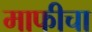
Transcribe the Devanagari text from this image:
माफीचा